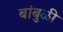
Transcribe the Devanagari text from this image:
बांबुळी